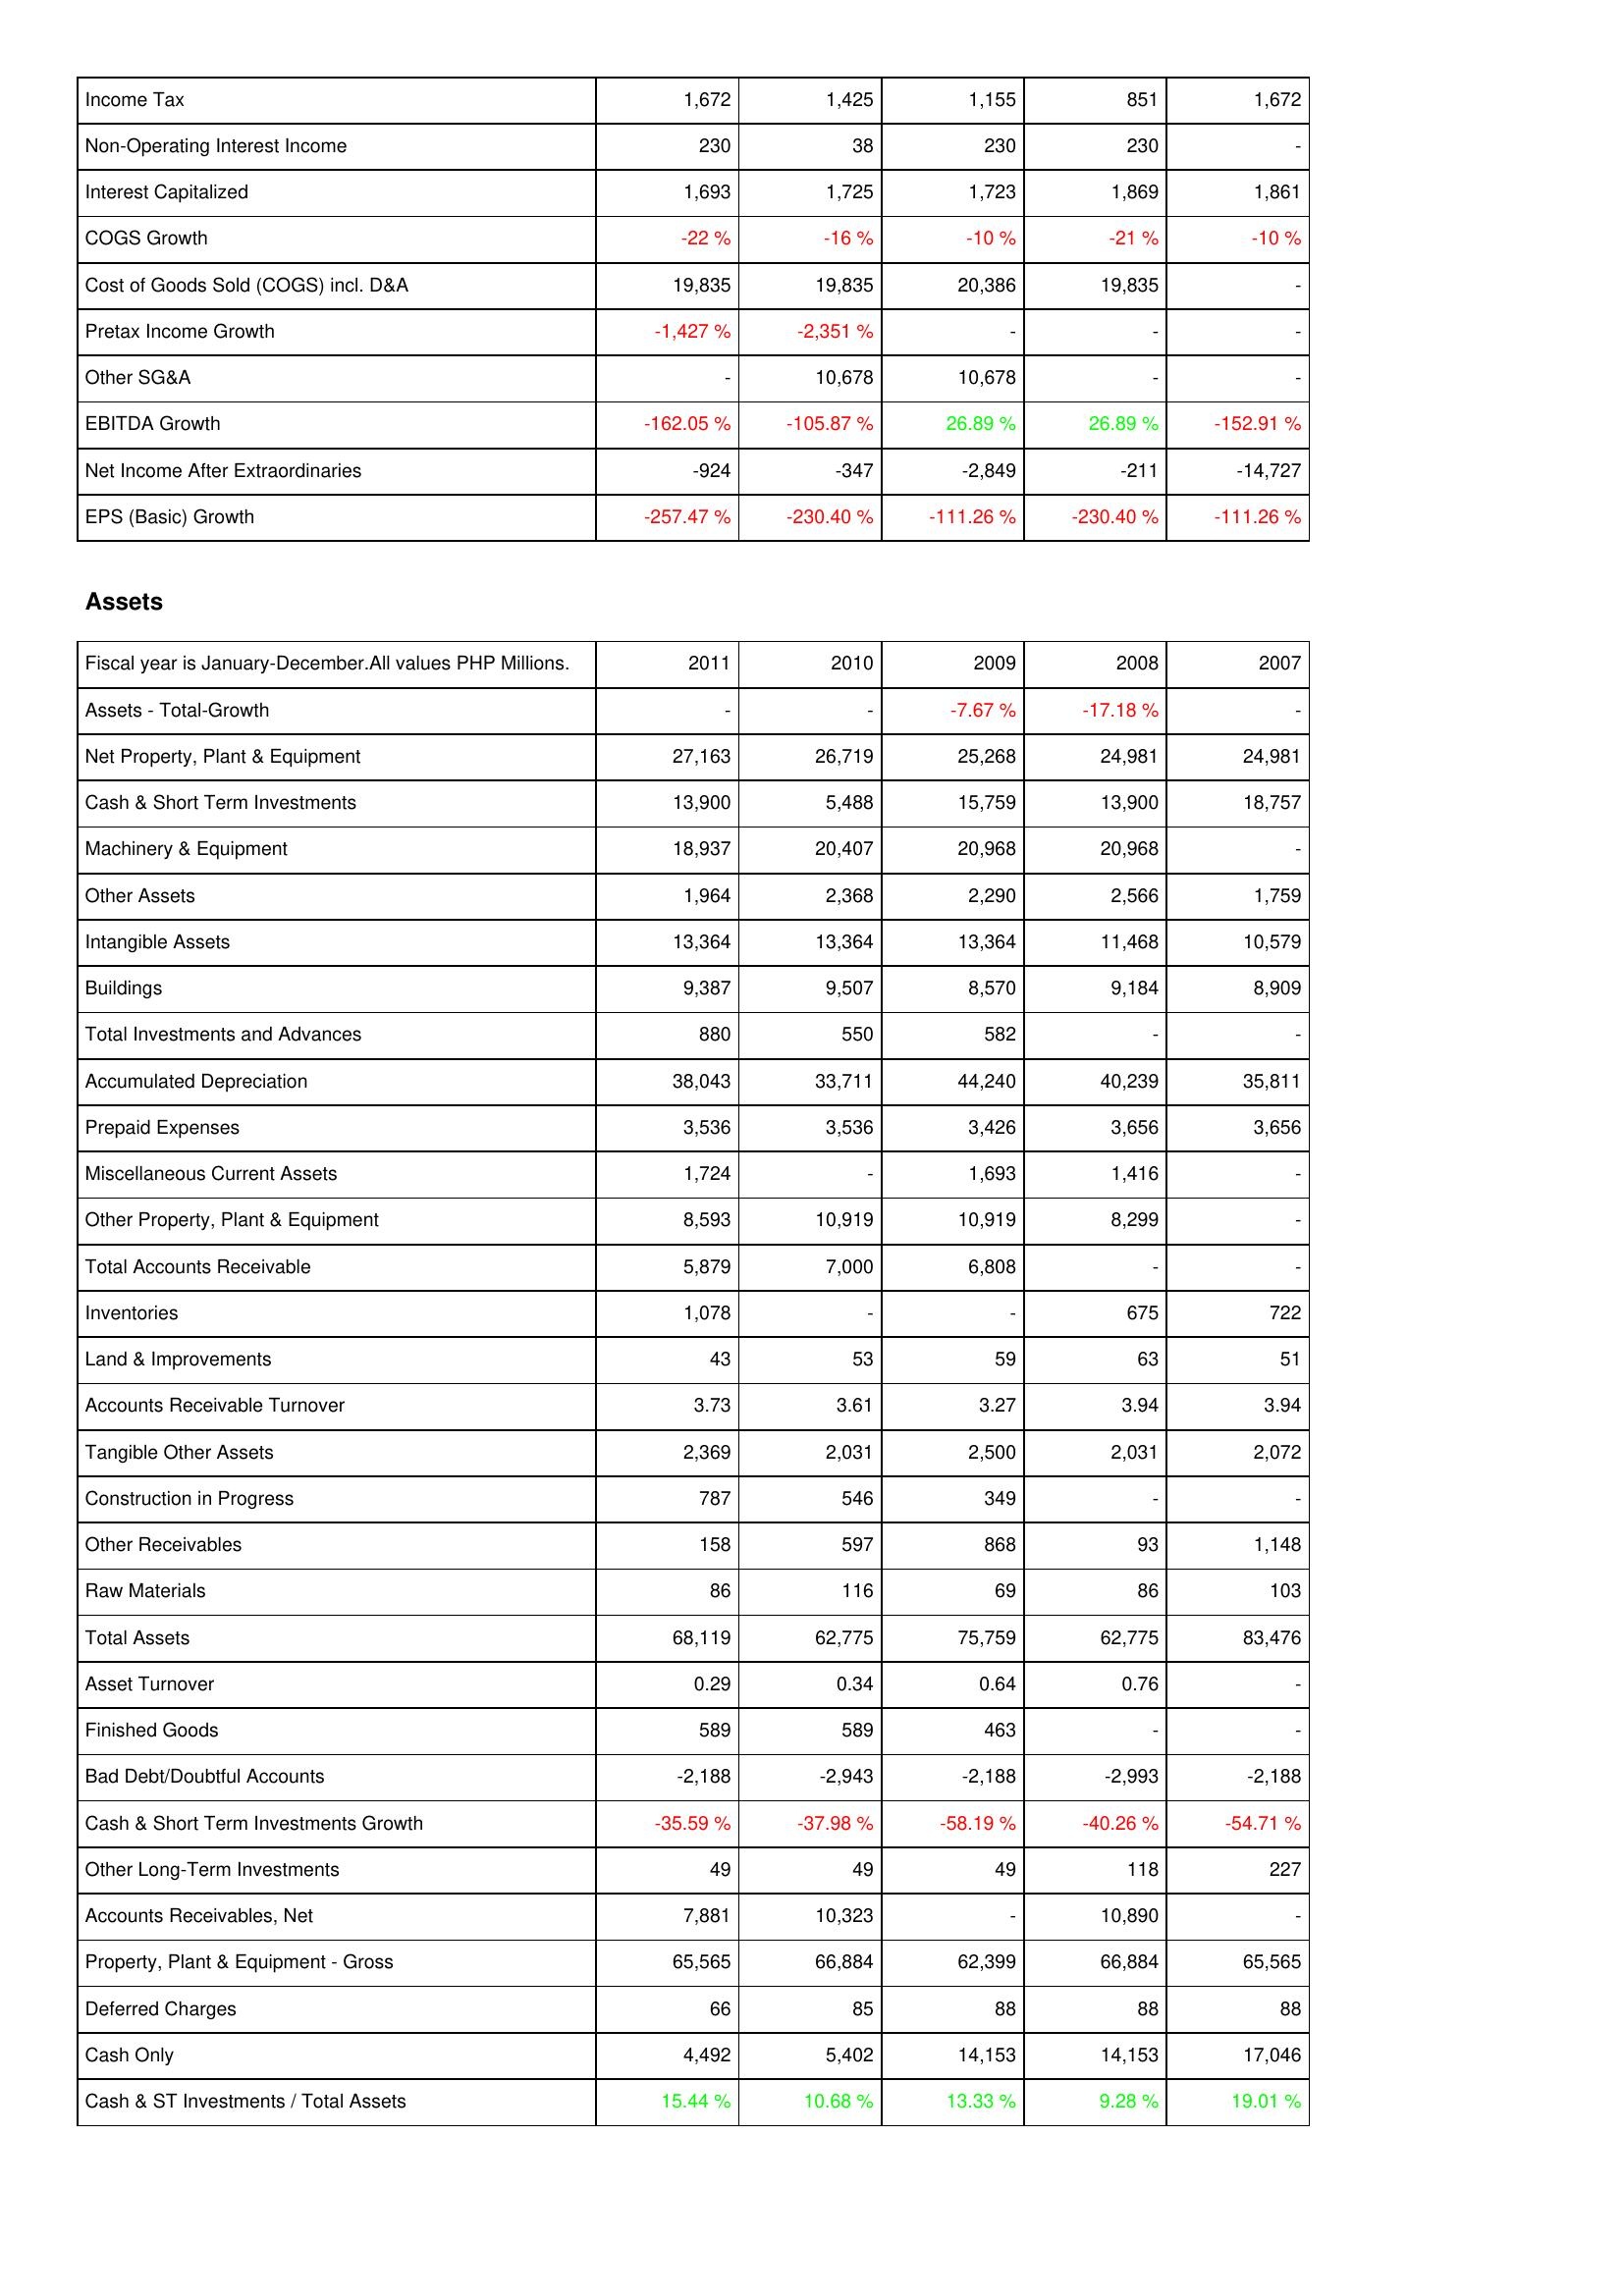
2011: Income Statement: Income Tax: 1,672
Non-Operating Interest Income: 230
Interest Capitalized: 1,693
COGS Growth: -22 %
Cost of Goods Sold (COGS) incl. D&A: 19,835
Pretax Income Growth: -1,427 %
Other SG&A: -
EBITDA Growth: -162.05 %
Net Income After Extraordinaries: -924
EPS (Basic) Growth: -257.47 %
Assets: Assets - Total-Growth: -
Net Property, Plant & Equipment: 27,163
Cash & Short Term Investments: 13,900
Machinery & Equipment: 18,937
Other Assets: 1,964
Intangible Assets: 13,364
Buildings: 9,387
Total Investments and Advances: 880
Accumulated Depreciation: 38,043
Prepaid Expenses: 3,536
Miscellaneous Current Assets: 1,724
Other Property, Plant & Equipment: 8,593
Total Accounts Receivable: 5,879
Inventories: 1,078
Land & Improvements: 43
Accounts Receivable Turnover: 3.73
Tangible Other Assets: 2,369
Construction in Progress: 787
Other Receivables: 158
Raw Materials: 86
Total Assets: 68,119
Asset Turnover: 0.29
Finished Goods: 589
Bad Debt/Doubtful Accounts: -2,188
Cash & Short Term Investments Growth: -35.59 %
Other Long-Term Investments: 49
Accounts Receivables, Net: 7,881
Property, Plant & Equipment - Gross: 65,565
Deferred Charges: 66
Cash Only: 4,492
Cash & ST Investments / Total Assets: 15.44 %
2010: Income Statement: Income Tax: 1,425
Non-Operating Interest Income: 38
Interest Capitalized: 1,725
COGS Growth: -16 %
Cost of Goods Sold (COGS) incl. D&A: 19,835
Pretax Income Growth: -2,351 %
Other SG&A: 10,678
EBITDA Growth: -105.87 %
Net Income After Extraordinaries: -347
EPS (Basic) Growth: -230.40 %
Assets: Assets - Total-Growth: -
Net Property, Plant & Equipment: 26,719
Cash & Short Term Investments: 5,488
Machinery & Equipment: 20,407
Other Assets: 2,368
Intangible Assets: 13,364
Buildings: 9,507
Total Investments and Advances: 550
Accumulated Depreciation: 33,711
Prepaid Expenses: 3,536
Miscellaneous Current Assets: -
Other Property, Plant & Equipment: 10,919
Total Accounts Receivable: 7,000
Inventories: -
Land & Improvements: 53
Accounts Receivable Turnover: 3.61
Tangible Other Assets: 2,031
Construction in Progress: 546
Other Receivables: 597
Raw Materials: 116
Total Assets: 62,775
Asset Turnover: 0.34
Finished Goods: 589
Bad Debt/Doubtful Accounts: -2,943
Cash & Short Term Investments Growth: -37.98 %
Other Long-Term Investments: 49
Accounts Receivables, Net: 10,323
Property, Plant & Equipment - Gross: 66,884
Deferred Charges: 85
Cash Only: 5,402
Cash & ST Investments / Total Assets: 10.68 %
2009: Income Statement: Income Tax: 1,155
Non-Operating Interest Income: 230
Interest Capitalized: 1,723
COGS Growth: -10 %
Cost of Goods Sold (COGS) incl. D&A: 20,386
Pretax Income Growth: -
Other SG&A: 10,678
EBITDA Growth: 26.89 %
Net Income After Extraordinaries: -2,849
EPS (Basic) Growth: -111.26 %
Assets: Assets - Total-Growth: -7.67 %
Net Property, Plant & Equipment: 25,268
Cash & Short Term Investments: 15,759
Machinery & Equipment: 20,968
Other Assets: 2,290
Intangible Assets: 13,364
Buildings: 8,570
Total Investments and Advances: 582
Accumulated Depreciation: 44,240
Prepaid Expenses: 3,426
Miscellaneous Current Assets: 1,693
Other Property, Plant & Equipment: 10,919
Total Accounts Receivable: 6,808
Inventories: -
Land & Improvements: 59
Accounts Receivable Turnover: 3.27
Tangible Other Assets: 2,500
Construction in Progress: 349
Other Receivables: 868
Raw Materials: 69
Total Assets: 75,759
Asset Turnover: 0.64
Finished Goods: 463
Bad Debt/Doubtful Accounts: -2,188
Cash & Short Term Investments Growth: -58.19 %
Other Long-Term Investments: 49
Accounts Receivables, Net: -
Property, Plant & Equipment - Gross: 62,399
Deferred Charges: 88
Cash Only: 14,153
Cash & ST Investments / Total Assets: 13.33 %
2008: Income Statement: Income Tax: 851
Non-Operating Interest Income: 230
Interest Capitalized: 1,869
COGS Growth: -21 %
Cost of Goods Sold (COGS) incl. D&A: 19,835
Pretax Income Growth: -
Other SG&A: -
EBITDA Growth: 26.89 %
Net Income After Extraordinaries: -211
EPS (Basic) Growth: -230.40 %
Assets: Assets - Total-Growth: -17.18 %
Net Property, Plant & Equipment: 24,981
Cash & Short Term Investments: 13,900
Machinery & Equipment: 20,968
Other Assets: 2,566
Intangible Assets: 11,468
Buildings: 9,184
Total Investments and Advances: -
Accumulated Depreciation: 40,239
Prepaid Expenses: 3,656
Miscellaneous Current Assets: 1,416
Other Property, Plant & Equipment: 8,299
Total Accounts Receivable: -
Inventories: 675
Land & Improvements: 63
Accounts Receivable Turnover: 3.94
Tangible Other Assets: 2,031
Construction in Progress: -
Other Receivables: 93
Raw Materials: 86
Total Assets: 62,775
Asset Turnover: 0.76
Finished Goods: -
Bad Debt/Doubtful Accounts: -2,993
Cash & Short Term Investments Growth: -40.26 %
Other Long-Term Investments: 118
Accounts Receivables, Net: 10,890
Property, Plant & Equipment - Gross: 66,884
Deferred Charges: 88
Cash Only: 14,153
Cash & ST Investments / Total Assets: 9.28 %
2007: Income Statement: Income Tax: 1,672
Non-Operating Interest Income: -
Interest Capitalized: 1,861
COGS Growth: -10 %
Cost of Goods Sold (COGS) incl. D&A: -
Pretax Income Growth: -
Other SG&A: -
EBITDA Growth: -152.91 %
Net Income After Extraordinaries: -14,727
EPS (Basic) Growth: -111.26 %
Assets: Assets - Total-Growth: -
Net Property, Plant & Equipment: 24,981
Cash & Short Term Investments: 18,757
Machinery & Equipment: -
Other Assets: 1,759
Intangible Assets: 10,579
Buildings: 8,909
Total Investments and Advances: -
Accumulated Depreciation: 35,811
Prepaid Expenses: 3,656
Miscellaneous Current Assets: -
Other Property, Plant & Equipment: -
Total Accounts Receivable: -
Inventories: 722
Land & Improvements: 51
Accounts Receivable Turnover: 3.94
Tangible Other Assets: 2,072
Construction in Progress: -
Other Receivables: 1,148
Raw Materials: 103
Total Assets: 83,476
Asset Turnover: -
Finished Goods: -
Bad Debt/Doubtful Accounts: -2,188
Cash & Short Term Investments Growth: -54.71 %
Other Long-Term Investments: 227
Accounts Receivables, Net: -
Property, Plant & Equipment - Gross: 65,565
Deferred Charges: 88
Cash Only: 17,046
Cash & ST Investments / Total Assets: 19.01 %